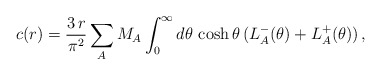
\begin{align*}c(r)=\frac{3\,r}{\pi ^{2}}\sum_{A}M_{A}\int\nolimits_{0}^{\infty }d\theta\,\cosh \theta \,(L_{A}^{-}(\theta )+L_{A}^{+}(\theta ))\,, \end{align*}